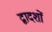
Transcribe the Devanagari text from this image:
द्वादशों